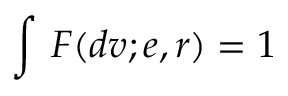
\int \, F ( d v ; e , r ) = 1